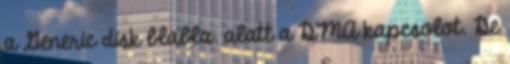
a Generic disk blabla. alatt a DMA kapcsolot. De